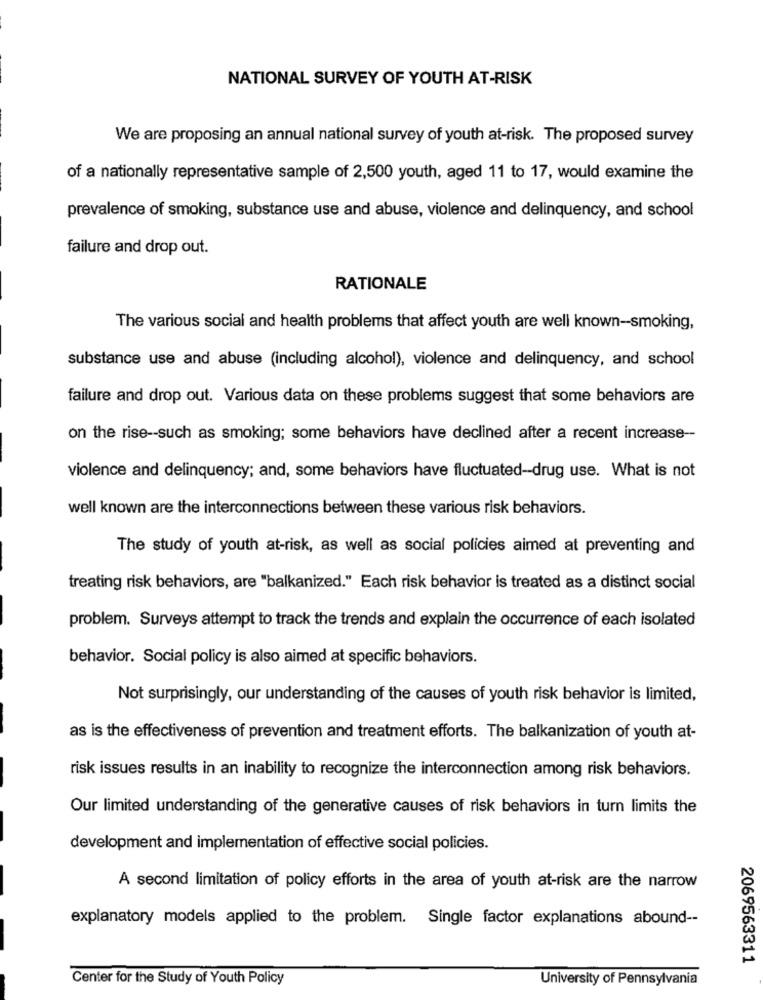
NATIONAL SURVEY OF YOUTH AT-RISK
We are proposing an annual national survey of youth at-risk. The proposed survey
of a nationally representative sample of 2,500 youth, aged 11 to 17, would examine the
prevalence of smoking, substance use and abuse, violence and delinquency, and school
failure and drop out.
RATIONALE
The various social and health problems that affect youth are well known-smoking,
substance use and abuse (including alcohol), violence and delinquency, and school
failure and drop out. Various data on these problems suggest that some behaviors are
on the rise -- such as smoking; some behaviors have declined after a recent increase --
violence and delinquency; and, some behaviors have fluctuated-drug use. What is not
well known are the interconnections between these various risk behaviors.
The study of youth at-risk, as well as social policies aimed at preventing and
treating risk behaviors, are "balkanized." Each risk behavior is treated as a distinct social
problem. Surveys attempt to track the trends and explain the occurrence of each isolated
behavior. Social policy is also aimed at specific behaviors.
Not surprisingly, our understanding of the causes of youth risk behavior is limited,
as is the effectiveness of prevention and treatment efforts. The balkanization of youth at-
risk issues results in an inability to recognize the interconnection among risk behaviors.
Our limited understanding of the generative causes of risk behaviors in turn limits the
development and implementation of effective social policies.
A second limitation of policy efforts in the area of youth at-risk are the narrow
explanatory models applied to the problem. Single factor explanations abound --
2069563311
Center for the Study of Youth Policy
University of Pennsylvania